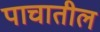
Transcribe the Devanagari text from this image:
पाचातील